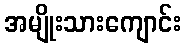
အမျိုးသားကျောင်း